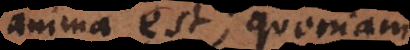
anima est, quoniam